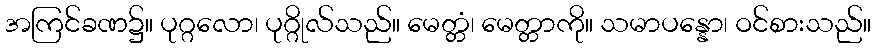
အကြင်ခဏ၌။ ပုဂ္ဂလော၊ ပုဂ္ဂိုလ်သည်။ မေတ္တံ၊ မေတ္တာကို။ သမာပန္နော၊ ဝင်စားသည်။